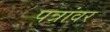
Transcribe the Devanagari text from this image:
पत्रांवर